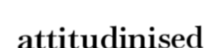
attitudinised